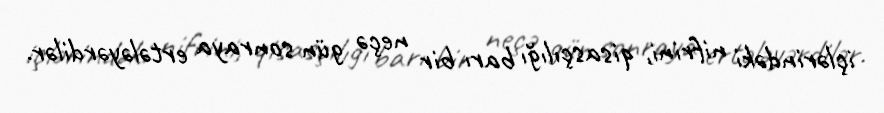
içlərindəki nifrini, qisasçılığı barı bir neçə gün sonraya ertələyərdilər.